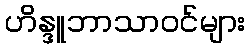
ဟိန္ဒူဘာသာဝင်များ